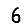
Digit: 6